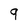
Character: q